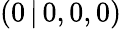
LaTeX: (0\, |\, 0,0,0)